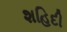
શહિદી